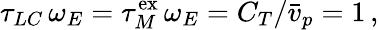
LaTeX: \tau_{LC}\, \omega_{E}=\tau_{M}^{\mathrm{ex}}\, \omega_{E}=C_{T}/\bar{v}_{p}=1\, ,